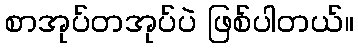
စာအုပ်တအုပ်ပဲ ဖြစ်ပါတယ်။